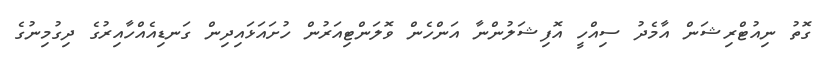
ގޮތު ނިއުޓްރިޝަން އާމެދު ސިއްހީ އޮފިޝަލުންނާ އަންހެން ވޮލަންޓިއަރުން ހުށައަޅައިދިން ގަނޑިއެއްހާއިރުގެ ދިގުމިނުގެ